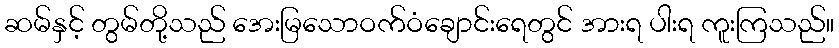
ဆမ်နှင့် တွမ်တို့သည် အေးမြသောဝက်ဝံချောင်းရေတွင် အားရ ပါးရ ကူးကြသည်။